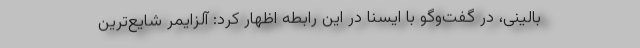
بالینی، در گفت‌وگو با ایسنا در این رابطه اظهار کرد: آلزایمر شایع‌ترین